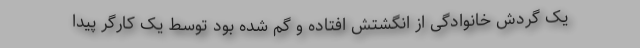
یک گردش خانوادگی از انگشتش افتاده و گم شده بود توسط یک کارگر پیدا